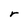
Character: r